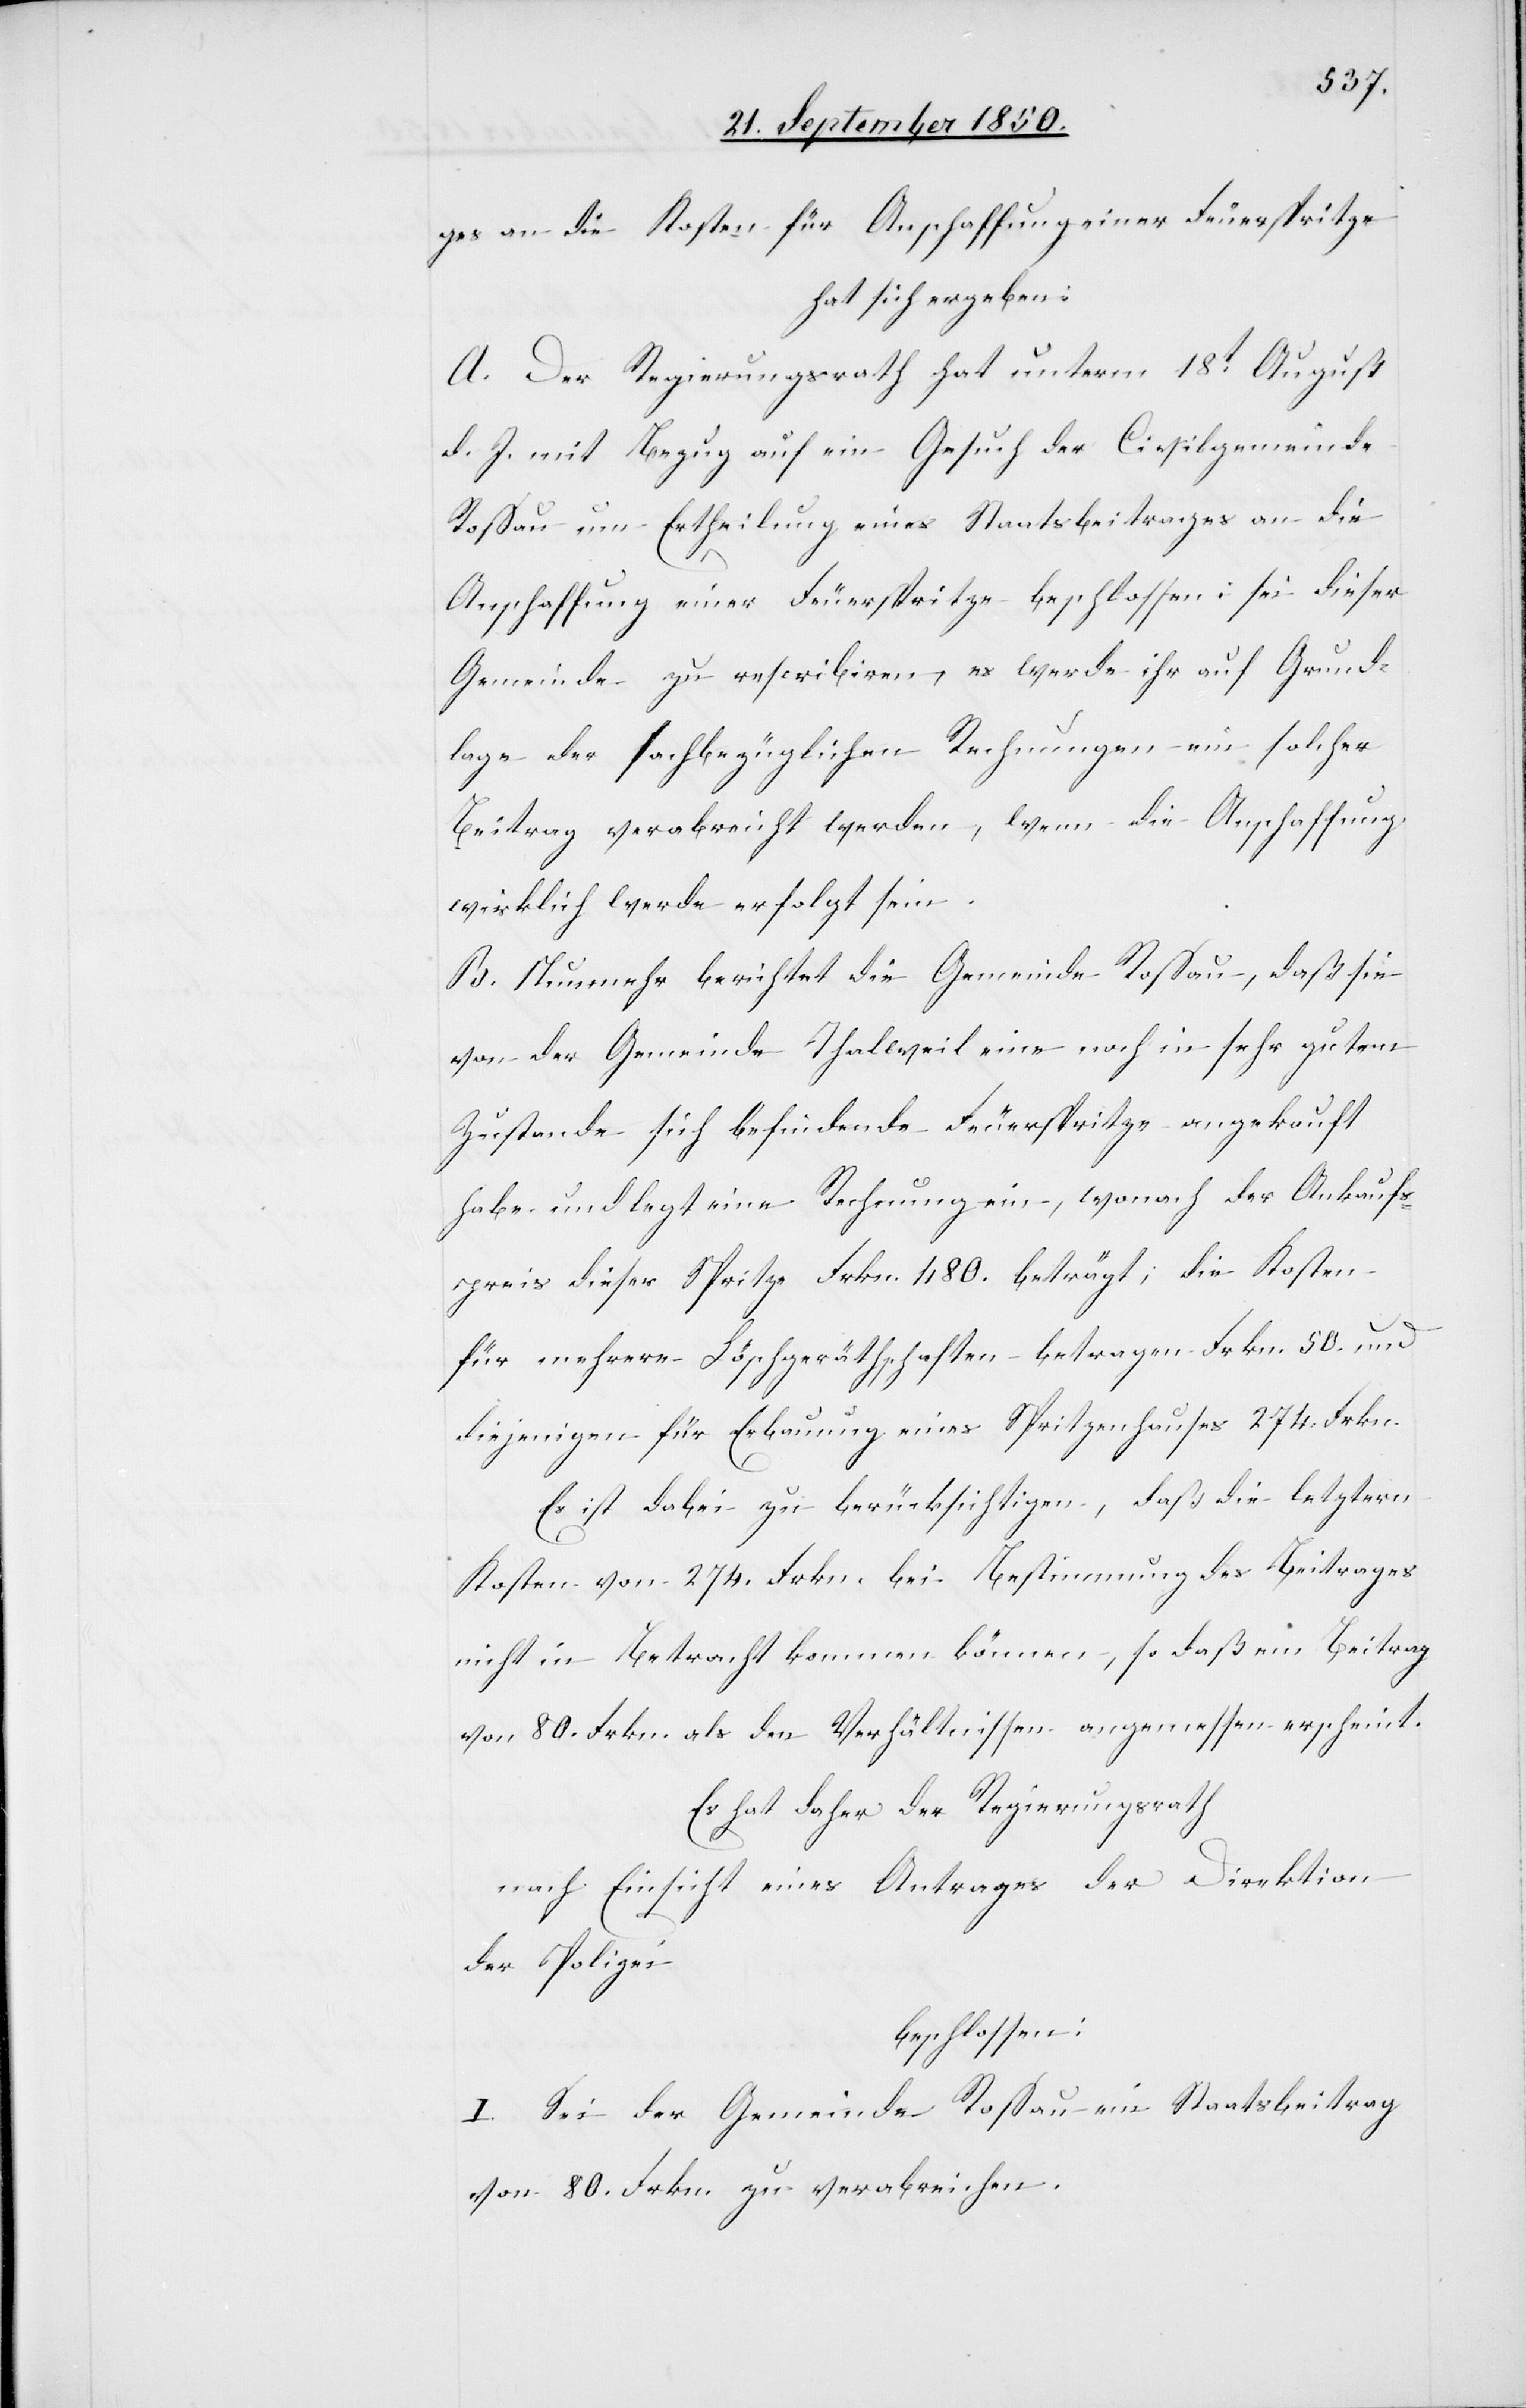
ges an die Kosten für Anschaffung einer Feuerspritze
hat sich ergeben:
A. Der Regierungsrath hat unterm 18t August
d. J. mit Bezug auf ein Gesuch der Civilgemeinde
Rossau um Ertheilung eines Staatsbeitrages an die
Anschaffung einer Feuerspritze beschlossen: sei dieser
Gemeinde zu rescribiren, es werde ihr auf Grund¬
lage der sachbezüglichen Rechnungen ein solcher
Beitrag verabreicht werden, wenn die Anschaffung
wirklich werde erfolgt sein.
B. Nunmehr berichtet die Gemeinde Rossau, daß sie
von der Gemeinde Thalweil eine noch in sehr gutem
Zustande sich befindende Feuerspritze angekauft
habe und legt eine Rechnung ein, wonach der Ankauf¬
spreis dieser Spritze Frkn. 480. beträgt; die Kosten
für mehrere Löschgeräthschaften betragen Frkn. 50. und
diejenigen für Erbauung eines Spritzenhauses 274. Frkn.
Es ist dabei zu berücksichtigen, daß die letztern
Kosten von 274. Frkn. bei Bestimmung des Beitrages
nicht in Betracht kommen können, so daß ein Beitrag
von 80. Frkn. als den Verhältnissen angemessen erscheint.
Es hat daher der Regierungsrath
nach Einsicht eines Antrages der Direktion
der Polizei
beschlossen:
I. Sei der Gemeinde Rossau ein Staatsbeitrag
von 80. Frkn. zu verabreichen.